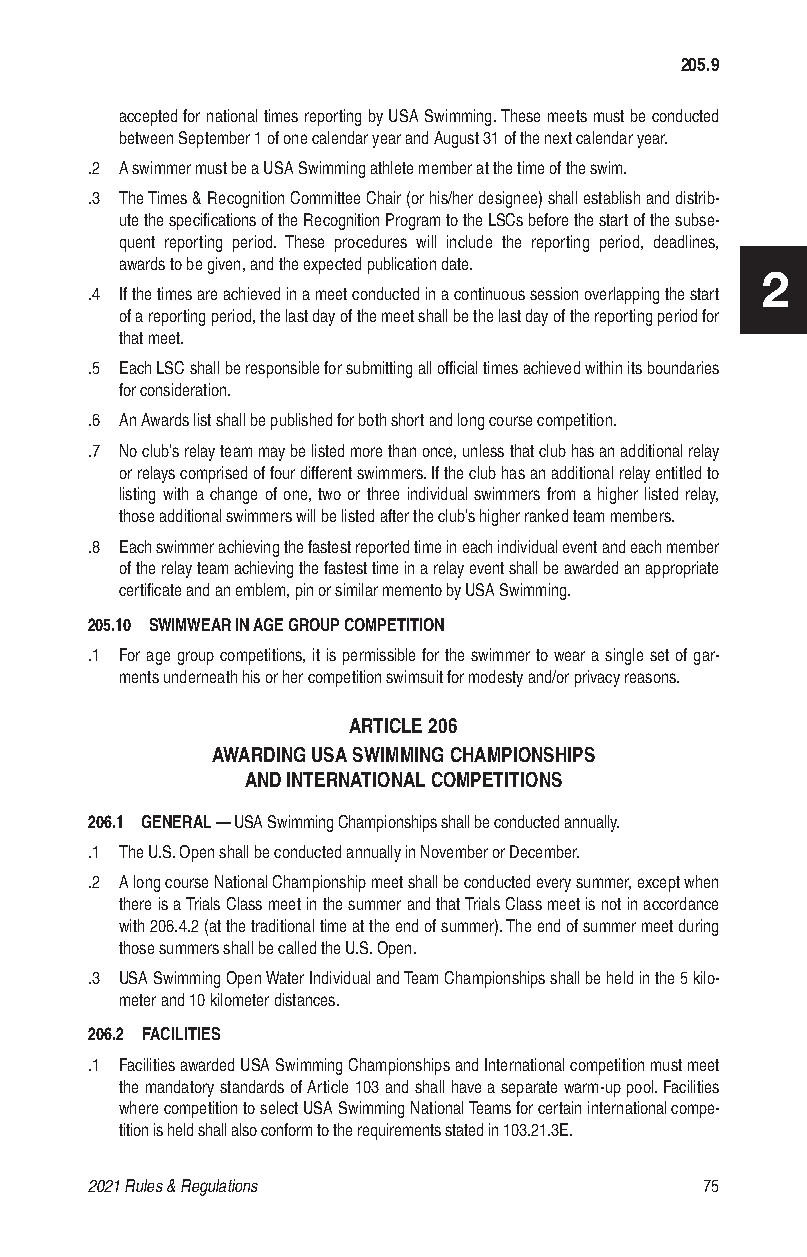
205.9
 accepted for national times reporting by USA Swimming. These meets must be conducted
 between September 1 of one calendar year and August 31 of the next calendar year.
 .2 A swimmer must be a USA Swimming athlete member at the time of the swim.
 .3 The Times & Recognition Committee Chair (or his/her designee) shall establish and distrib-
 ute the specifications of the Recognition Program to the LSCs before the start of the subse-
 quent reporting period. These procedures will include the reporting period, deadlines,
 awards to be given, and the expected publication date.
 2
 .4 If the times are achieved in a meet conducted in a continuous session overlapping the start
 of a reporting period, the last day of the meet shall be the last day of the reporting period for
 that meet.
 .5 Each LSC shall be responsible for submitting all official times achieved within its boundaries
 for consideration.
 .6 An Awards list shall be published for both short and long course competition.
 .7 No club’s relay team may be listed more than once, unless that club has an additional relay
 or relays comprised of four different swimmers. If the club has an additional relay entitled to
 listing with a change of one, two or three individual swimmers from a higher listed relay,
 those additional swimmers will be listed after the club’s higher ranked team members.
 .8 Each swimmer achieving the fastest reported time in each individual event and each member
 of the relay team achieving the fastest time in a relay event shall be awarded an appropriate
 certificate and an emblem, pin or similar memento by USA Swimming.
 205.10 SWIMWEAR IN AGE GROUP COMPETITION
 .1 For age group competitions, it is permissible for the swimmer to wear a single set of gar-
 ments underneath his or her competition swimsuit for modesty and/or privacy reasons.
 ARTICLE 206
 AWARDING USA SWIMMING CHAMPIONSHIPS
 AND INTERNATIONAL COMPETITIONS
 206.1 GENERAL — USA Swimming Championships shall be conducted annually.
 .1 The U.S. Open shall be conducted annually in November or December.
 .2 A long course National Championship meet shall be conducted every summer, except when
 there is a Trials Class meet in the summer and that Trials Class meet is not in accordance
 with 206.4.2 (at the traditional time at the end of summer). The end of summer meet during
 those summers shall be called the U.S. Open.
 .3 USA Swimming Open Water Individual and Team Championships shall be held in the 5 kilo-
 meter and 10 kilometer distances.
 206.2 FACILITIES
 .1 Facilities awarded USA Swimming Championships and International competition must meet
 the mandatory standards of Article 103 and shall have a separate warm-up pool. Facilities
 where competition to select USA Swimming National Teams for certain international compe-
 tition is held shall also conform to the requirements stated in 103.21.3E.
 2021 Rules & Regulations                 75